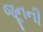
જૂનની